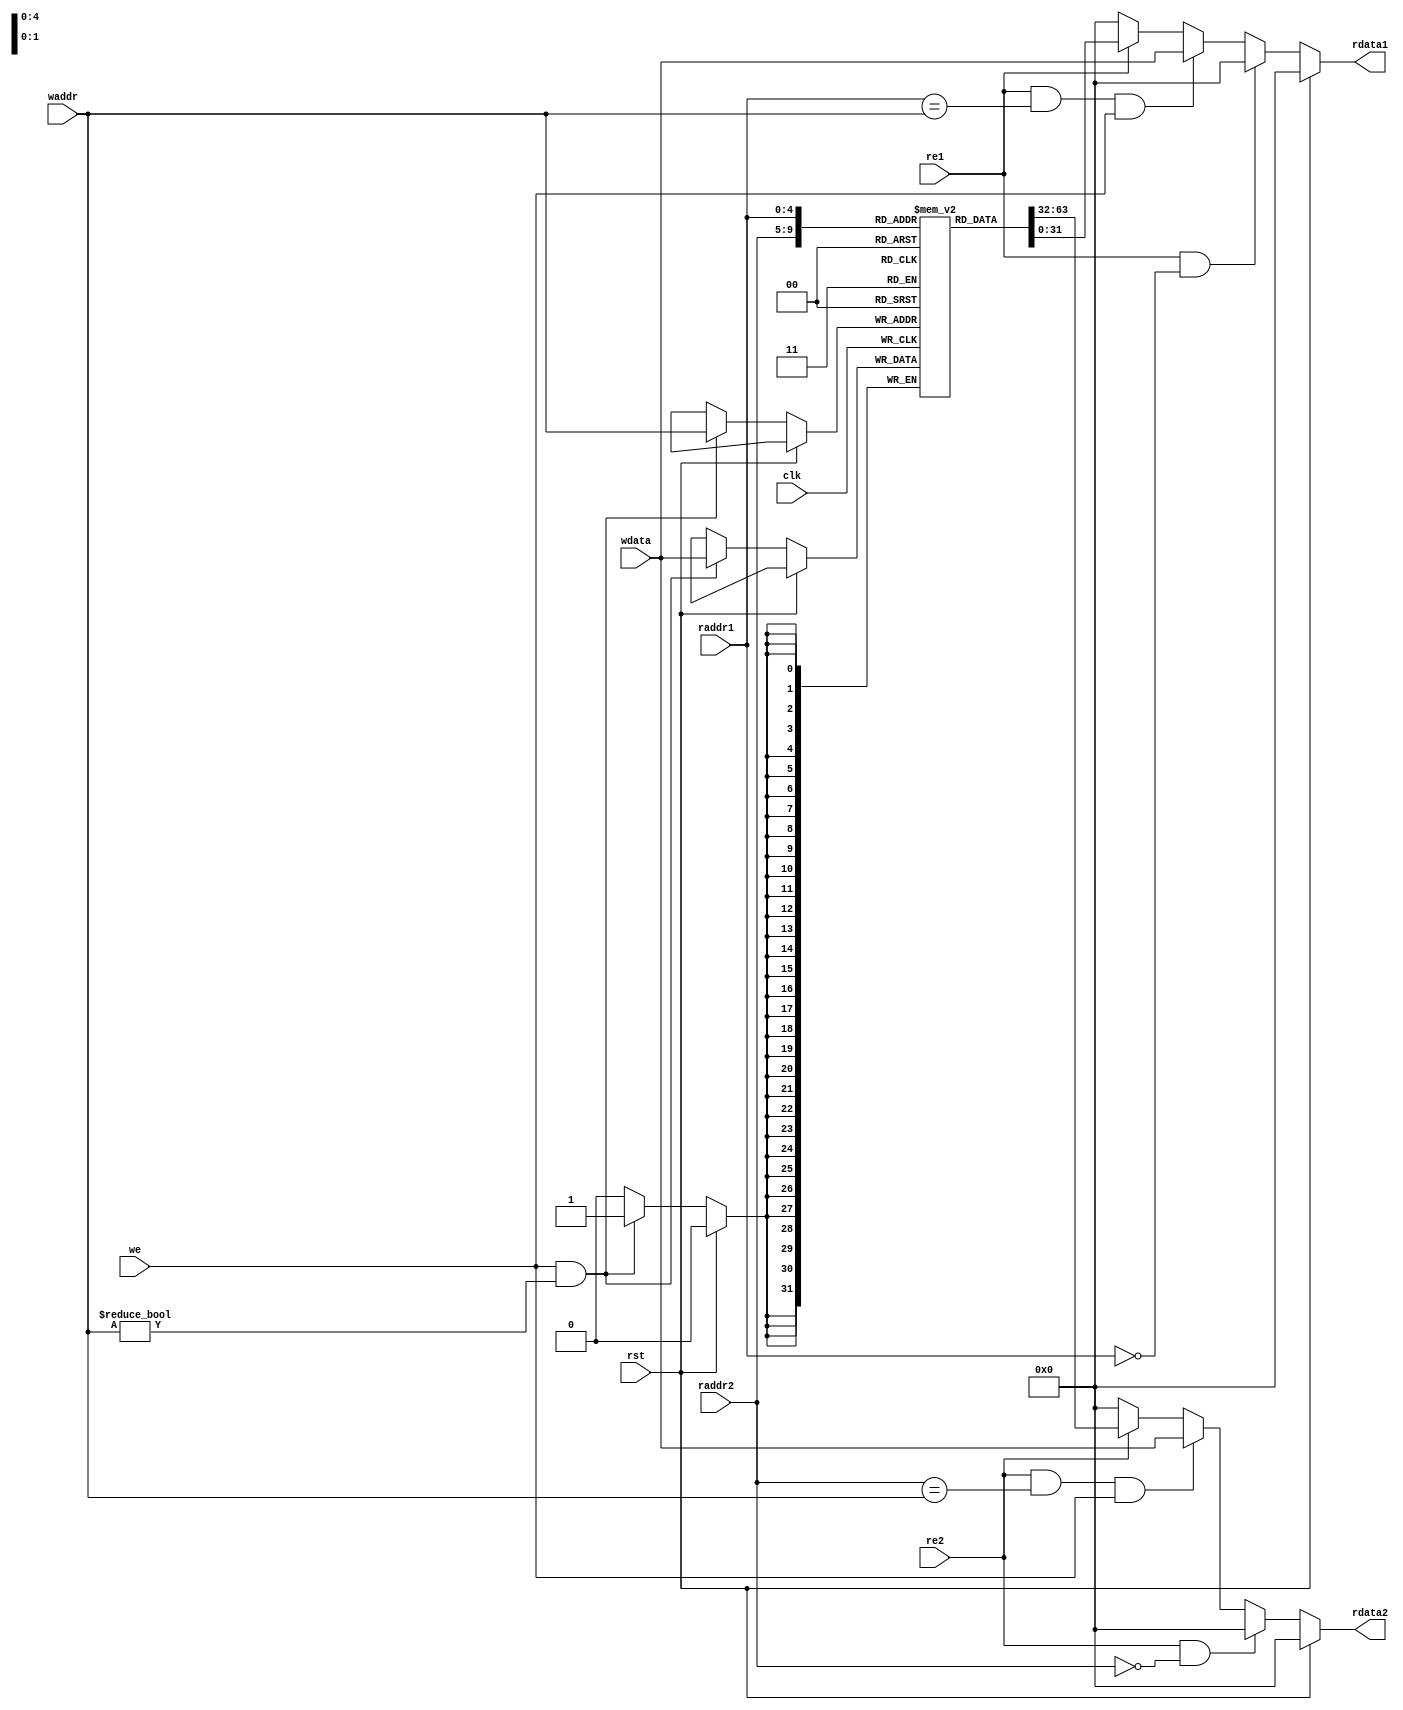
`timescale 1ns / 1ps
//////////////////////////////////////////////////////////////////////////////////
// Company: 
// Engineer: 
// 
// Design Name: 
// Module Name: regfile
// Project Name: 
// Target Devices: 
// Tool Versions: 
// Description: 
// 
// Dependencies: 
// 
// Revision:
// Revision 0.01 - File Created
// Additional Comments:
// 
//////////////////////////////////////////////////////////////////////////////////


module regfile(
    input wire rst,
    input wire clk,
    input wire[4:0] waddr,
    input wire[31:0] wdata,
    input wire we,
    input wire[4:0] raddr1,
    input wire re1,
    output reg[31:0] rdata1,
    input wire[4:0] raddr2,
    input wire re2,
    output reg[31:0] rdata2
    );
    reg [31:0] regs[31:0];
    initial begin
        regs[0]=32'h12345678;
        regs[1]=32'h12345678;
        regs[2]=32'h12345678;
        regs[3]=32'h12345678;
        regs[4]=32'h12345678;
        regs[5]=32'h12345678;
        regs[6]=32'h12345678;
        regs[7]=32'h12345678;
        regs[8]=32'h12345678;
        regs[9]=32'h12345678;
        regs[10]=32'h12345678;
        regs[11]=32'h12345678;
        regs[12]=32'h12345678;
        regs[13]=32'h12345678;
        regs[14]=32'h12345678;
        regs[15]=32'h12345678;
        regs[16]=32'h12345678;
        regs[17]=32'h12345678;
        regs[18]=32'h12345678;
        regs[19]=32'h12345678;
        regs[20]=32'h12345678;
        regs[21]=32'h12345678;
        regs[22]=32'h12345678;
        regs[23]=32'h12345678;
        regs[24]=32'h12345678;
        regs[25]=32'h12345678;
        regs[26]=32'h12345678;
        regs[27]=32'h12345678;
        regs[28]=32'h12345678;
        regs[29]=32'h12345678;
        regs[30]=32'h12345678;
        regs[31]=32'h12345678;
    end
    always@(posedge clk)begin
        if(rst==0) begin
           if((we==1)&&(waddr!=0)) begin
                regs[waddr]<=wdata;
            end
        end
    end
    
    always@(*)begin
        if(rst==1)begin
            rdata1<=32'h0;
        end else if ((re1==1)&&(raddr1==0)) begin
            rdata1<=32'h0;
        end else if ((re1==1)&&(raddr1==waddr)&&(we==1)) begin
            rdata1<=wdata;
        end else if (re1==1) begin
            rdata1<=regs[raddr1];
        end else begin
            rdata1<=32'h0;
        end
    end
    
    always@(*)begin
    if(rst==1) begin
        rdata2<=32'h0;
    end else if ((re2==1)&&(raddr2==0)) begin
        rdata2<=32'h0;
    end else if((re2==1)&&(raddr2==waddr)&&(we==1)) begin
        rdata2<=wdata;
    end else if(re2==1) begin
        rdata2<=regs[raddr2];
    end else begin
        rdata2<=32'h0;
    end
end
endmodule